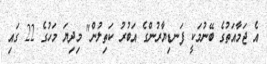
އެ ޖަމާއަތުގެ ބޭނުމަކީ ފަނޑިޔާރުންގެ އަބުރު ކަތިލުން" މިދިޔަ މަހުގެ 22 ގައި